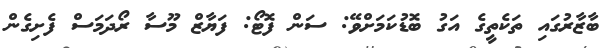
ބާޒާރުގައި ތަކެތީގެ އަގު ބޮޑުކަމަށްވޭ: ސަން ފޮޓޯ: ފަޔާޒް މޫސާ ރޯދަމަސް ފެށިގެން